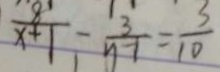
\frac { 8 } { x + 1 } - \frac { 3 } { y - 1 } = \frac { 3 } { 1 0 }